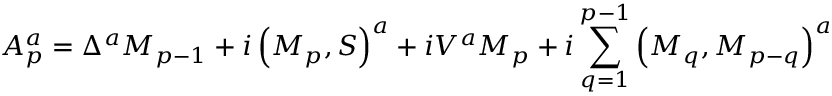
{ \cal A } _ { p } ^ { a } = \Delta ^ { a } M _ { p - 1 } + i \left( M _ { p } , S \right) ^ { a } + i V ^ { a } M _ { p } + i \sum _ { q = 1 } ^ { p - 1 } \left( M _ { q } , M _ { p - q } \right) ^ { a }